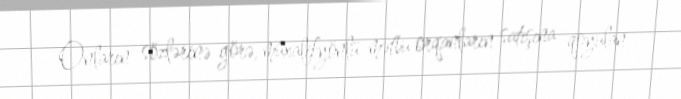
Onların sözlərinə görə, müxalifyönlü mətbu orqanların satışına qoyulan